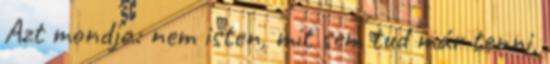
Azt mondja: nem isten, mit sem tud már tenni,